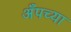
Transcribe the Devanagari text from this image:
अँपच्या